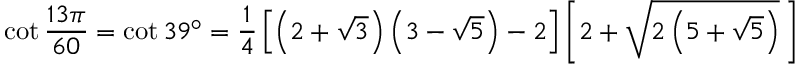
\cot { \frac { 1 3 \pi } { 6 0 } } = \cot 3 9 ^ { \circ } = { \frac { 1 } { 4 } } \left[ \left( 2 + { \sqrt { 3 } } \right) \left( 3 - { \sqrt { 5 } } \right) - 2 \right] \left[ 2 + { \sqrt { 2 \left( 5 + { \sqrt { 5 } } \right) } } \, \right]